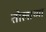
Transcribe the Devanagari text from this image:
तोलाच्या